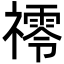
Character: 鿅